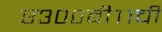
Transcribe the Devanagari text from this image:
ए३००बी११ची